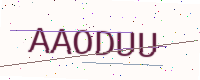
Text: AAODUU